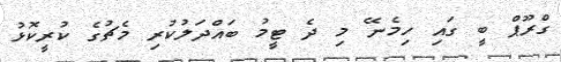
ގްރޫޕް ބީ ގައި ހިމެނޭ މި ދެ ޓީމު ބައްދަލުކުރި މެޗުގެ ކުރީކޮޅު